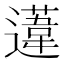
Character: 𨗨